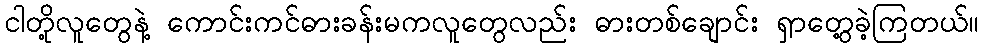
ငါတို့လူတွေနဲ့ ကောင်းကင်ဓားခန်းမကလူတွေလည်း ဓားတစ်ချောင်း ရှာတွေ့ခဲ့ကြတယ်။